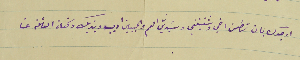
ارجوك بان تطمن اخي وشقيقتي وسَيديَّ العم والحبيبين اديب ويزبك وكفاة العائلة عنا